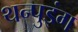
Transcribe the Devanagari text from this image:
थन्पुइंग